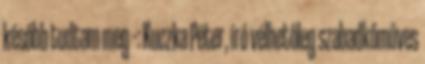
később tudtam meg –: Kuczka Péter, író vélhetőleg szabadkőműves